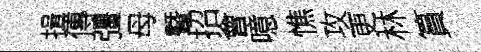
揖傳彊母曁招會噫憔攻更林篔